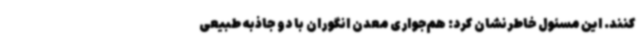
کنند. این مسئول خاطرنشان کرد: هم‌جواری معدن انگوران با دو جاذبه طبیعی